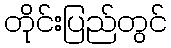
တိုင်းပြည်တွင်